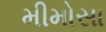
મીમોસા